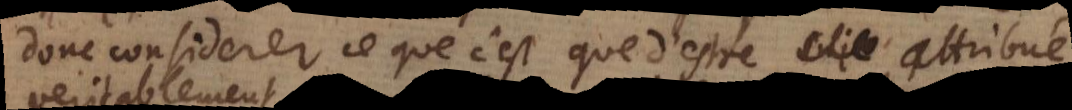
donc considerer ce que c’est que d’estre attribué